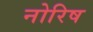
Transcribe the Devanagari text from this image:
नोरिष